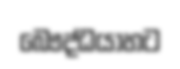
බෞද්ධයාහට